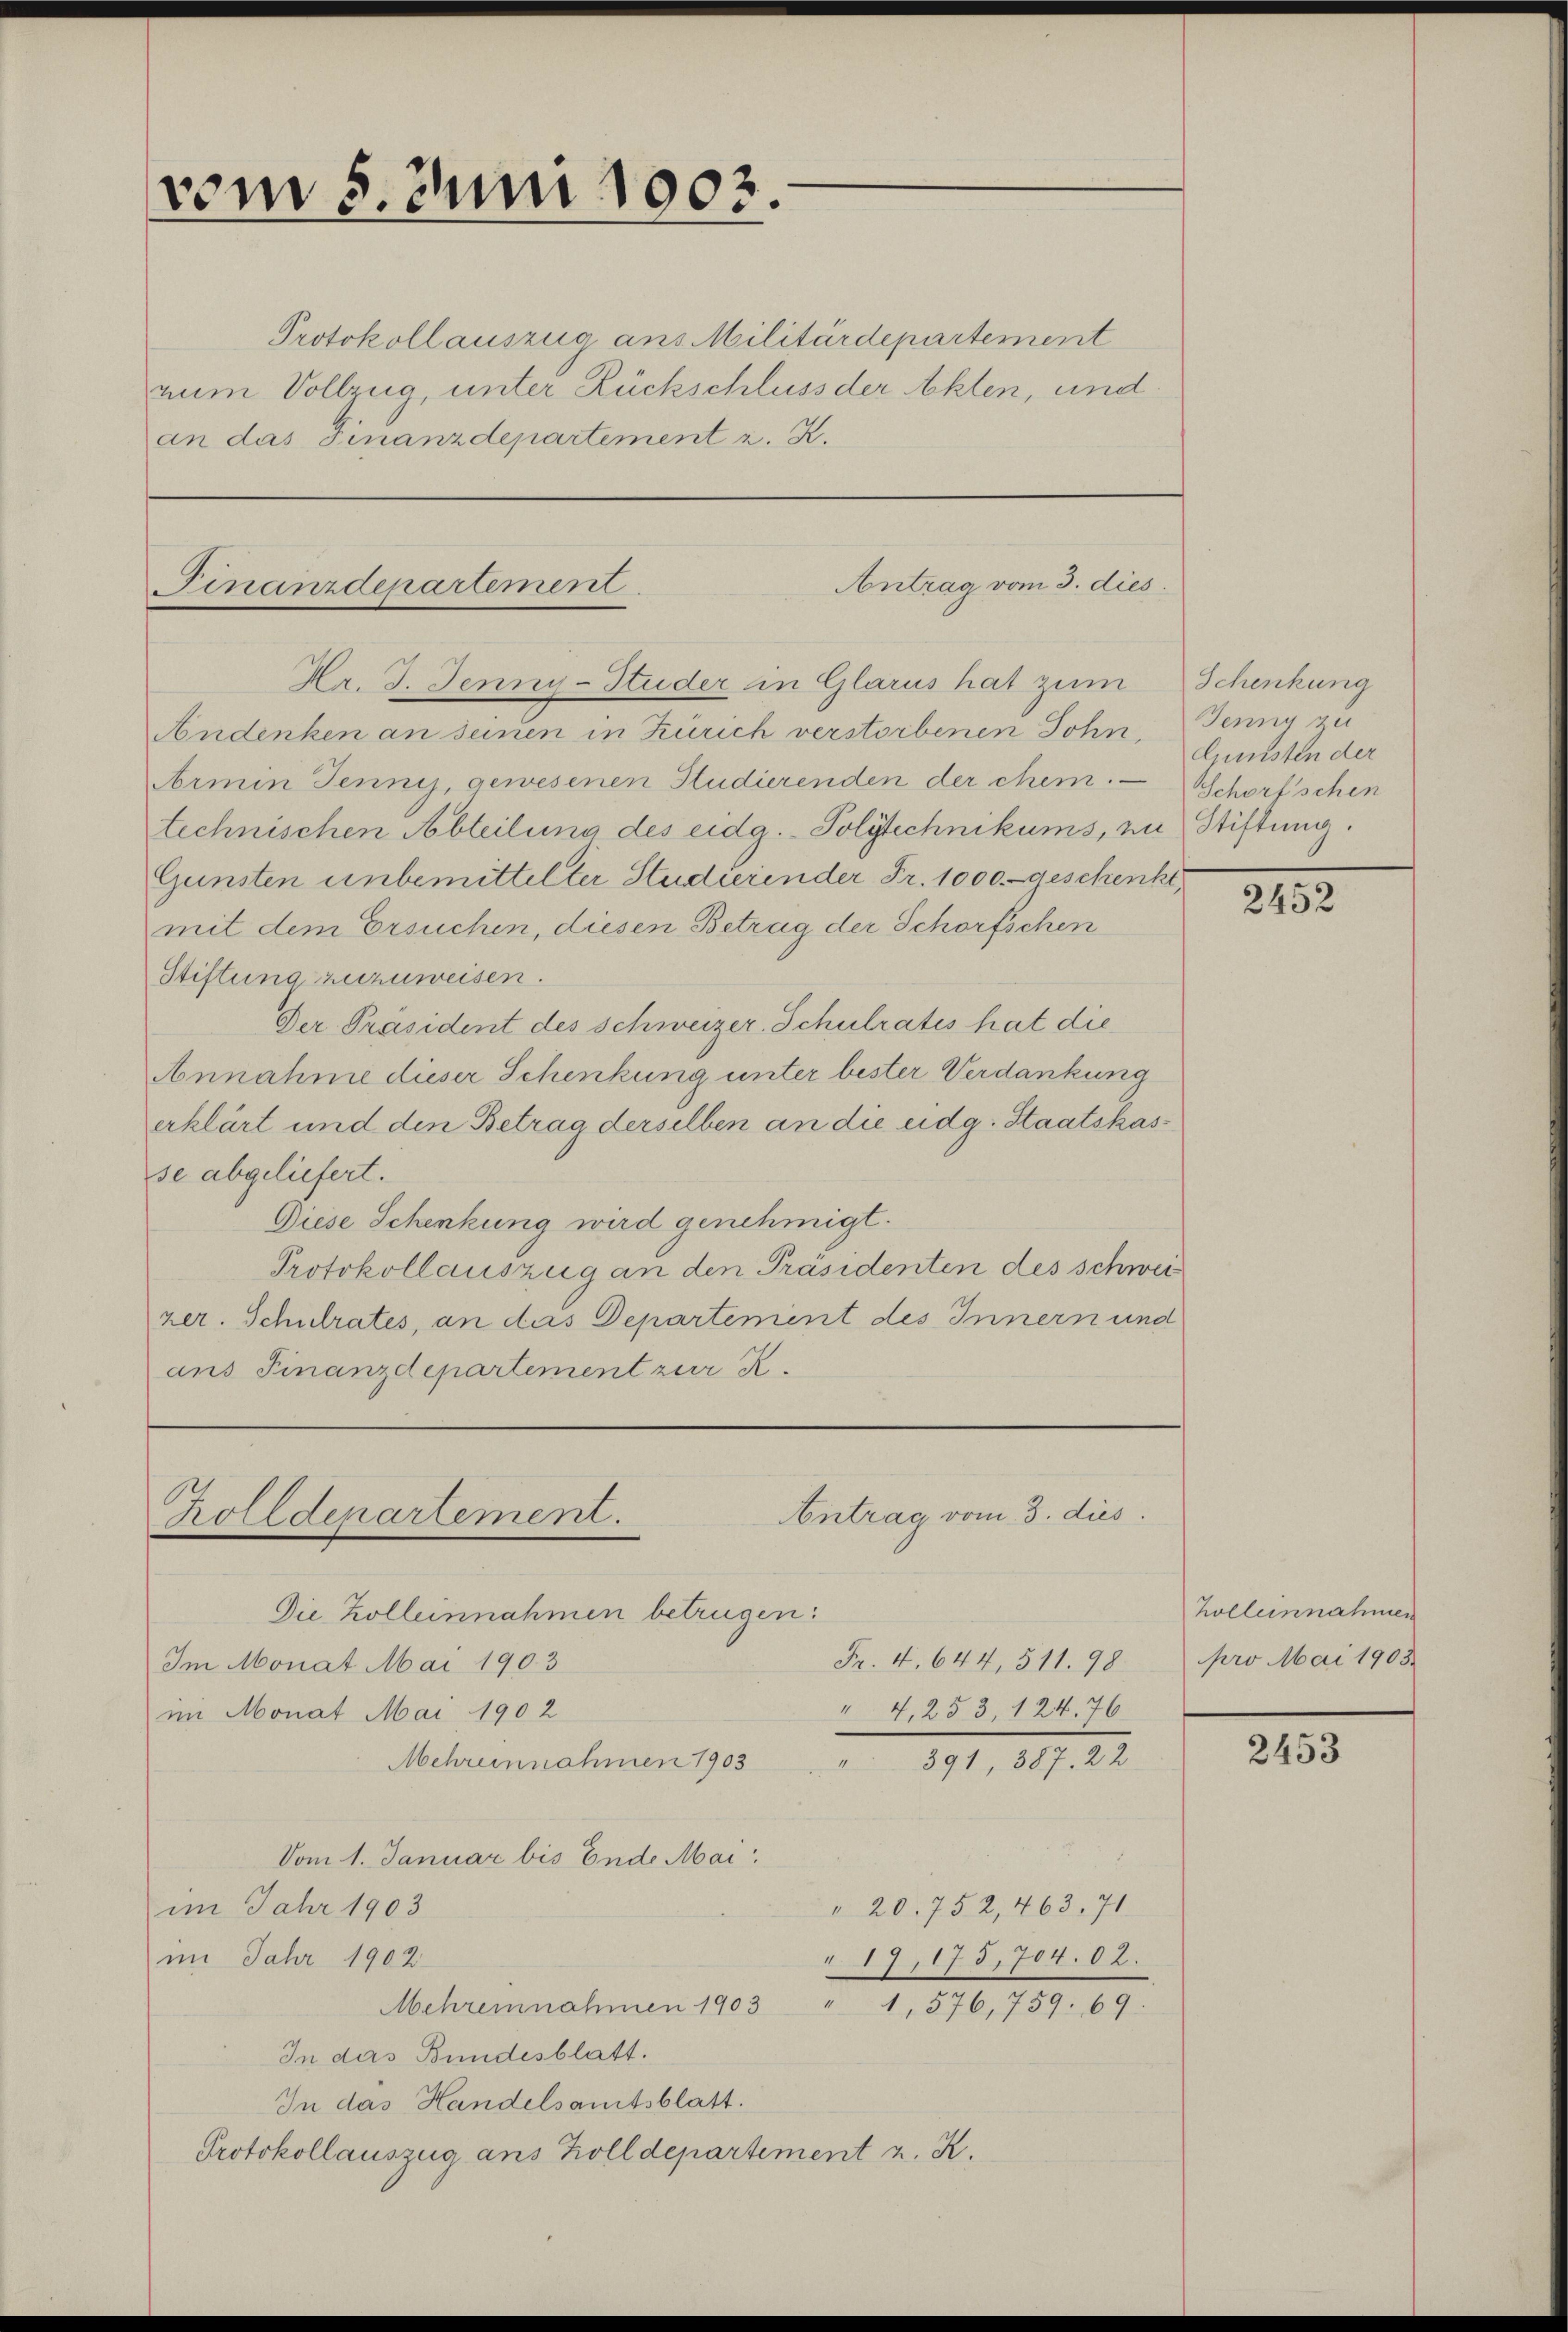
vom 5. Juni 1903.

Protokoll auszug aus Militärdepartement
num Vollzug, unter Rückschluss der Akten, und
an das Finanzdepartement z. Z.

Antrag vom 3. dies
Finanzdepartement

Antrag vom 3. dies
Zolldepartement.

Die Kolleinnahmen betrügen:
Im Monat Mai 1903
" 4,253, 124. 76
im Monat Mai 1902
Mehreinnahmen 1903 " " 391, 387. 22
Vom 1. Januar bis Ende Mai
" 20. 752, 463, 71
im Jahr 1903
im Jahr 1902
"17, 175, 704. 62.
Mehrernahmen 1903 " 1, 576, 759. 69.
In das Bundesblatt.
In das Handelsamtsblatt.
Protokollauszug ans Zolldepartement z. Z.

Nr. 3. Jenny-Studer in Glarus hat zum Schenkung
Andenken an seinen in Zürich verstorbenen Sohn Jenny zu
Armin Jennij, gewesenen Studierenden der chem. Schorfschen
technischen Abteilung des eidg. Polytechnikums, zu Stiftung.
Gunsten unbemittelter Studierender Fr. 1000.- geschenkt,
mit dem Ersuchen, diesen Betrag der Schorfschen
Stiftung zuzuweisen.
Der Präsident des Schweizer Schulrates hat die
Annahme dieser Schenkung unter bester Verdankung
erklärt und den Betrag derselben an die eidg. Staatskasse abgeliefert.
Diese Schenkung wird genehmigt.
Protokollauszug an den Präsidenten des schweizer. Schulrates, an das Departement des Innern und
ans Finanzdepartement zur R.

Fr. 4. 644, 511. 98

Gunsten der

2452

holleinnahmen
pro Mai 1903.

2453